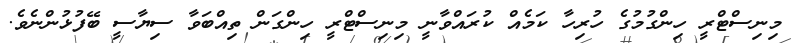
މިނިސްޓްރީ ހިންގުމުގެ ހުރިހާ ކަމެއް ކުރައްވާނީ މިނިސްޓްރީ ހިންގަން ތިއްބަވާ ސިޔާސީ ބޭފުޅުންނެވެ.